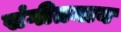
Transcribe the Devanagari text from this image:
संगीतमाय